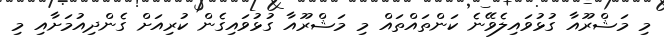
މި މަޝްރޫއާ ގުޅުވައިލެވޭނެ ކަންތައްތައް މި މަޝްރޫއާ ގުޅުވައިިގެން ކުރިއަށް ގެންދިއުމަށާއި މި